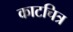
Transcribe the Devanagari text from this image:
काटचित्र